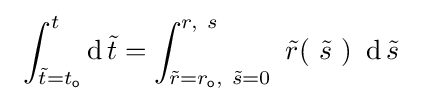
\ \int _{{\tilde {t}}=t_{\mathsf {o}}}^{t}\operatorname {d} {\tilde {t}}=\int _{{\tilde {r}}=r_{\mathsf {o}},\ {\tilde {s}}=0}^{r,\ s}~{\tilde {r}}(\ {\tilde {s}}\ )~\operatorname {d} {\tilde {s}}~